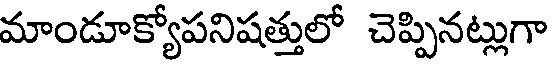
మాండూక్యోపనిషత్తులో చెప్పినట్లుగా